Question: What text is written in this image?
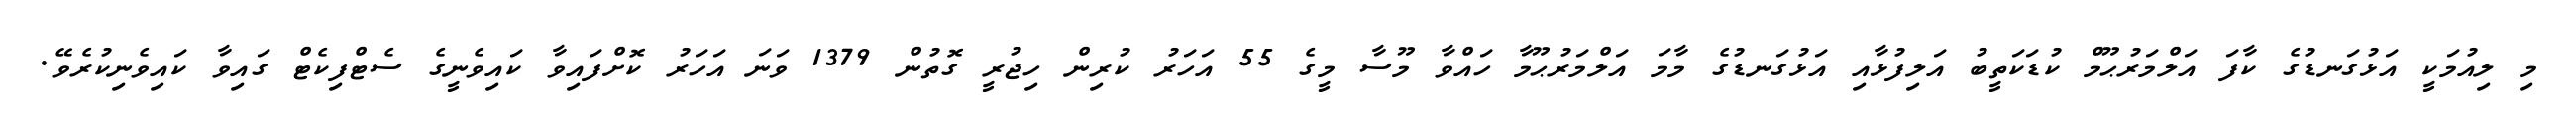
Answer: މި ލިއުމަކީ އަޅުގަނޑުގެ ކާފަ އަލްމަރުޙޫމް ކުޑަކަތީބު އަލިފުޅާއި އަޅުގަނޑުގެ މާމަ އަލްމަރުޙޫމާ ހައްވާ މޫސާ މީގެ 55 އަހަރު ކުރިން ހިޖުރީ ގޮތުން 1379 ވަނަ އަހަރު ކޮށްފައިވާ ކައިވެނީގެ ސެޓްފިކެޓް ގައިވާ ކައިވެނިކުރެވޭ.